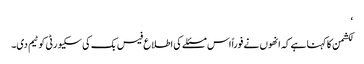
‘
لکشمن کا کہنا ہے کہ انھوں نے فوراً اس مسئلے کی اطلاع فیس بک کی سکیورٹی کو ٹیم دی۔